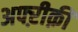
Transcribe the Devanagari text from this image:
अफ्ऱीक़ी